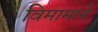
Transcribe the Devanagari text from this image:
विमामाने